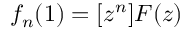
f _ { n } ( 1 ) = [ z ^ { n } ] F ( z )